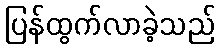
ပြန်ထွက်လာခဲ့သည်